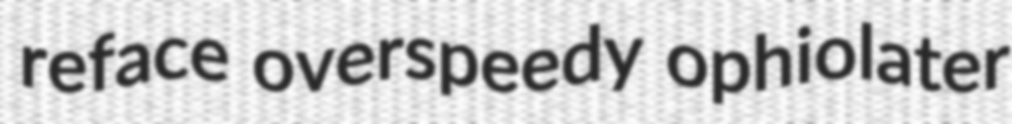
reface overspeedy ophiolater